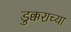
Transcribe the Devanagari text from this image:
डुक्कराच्या